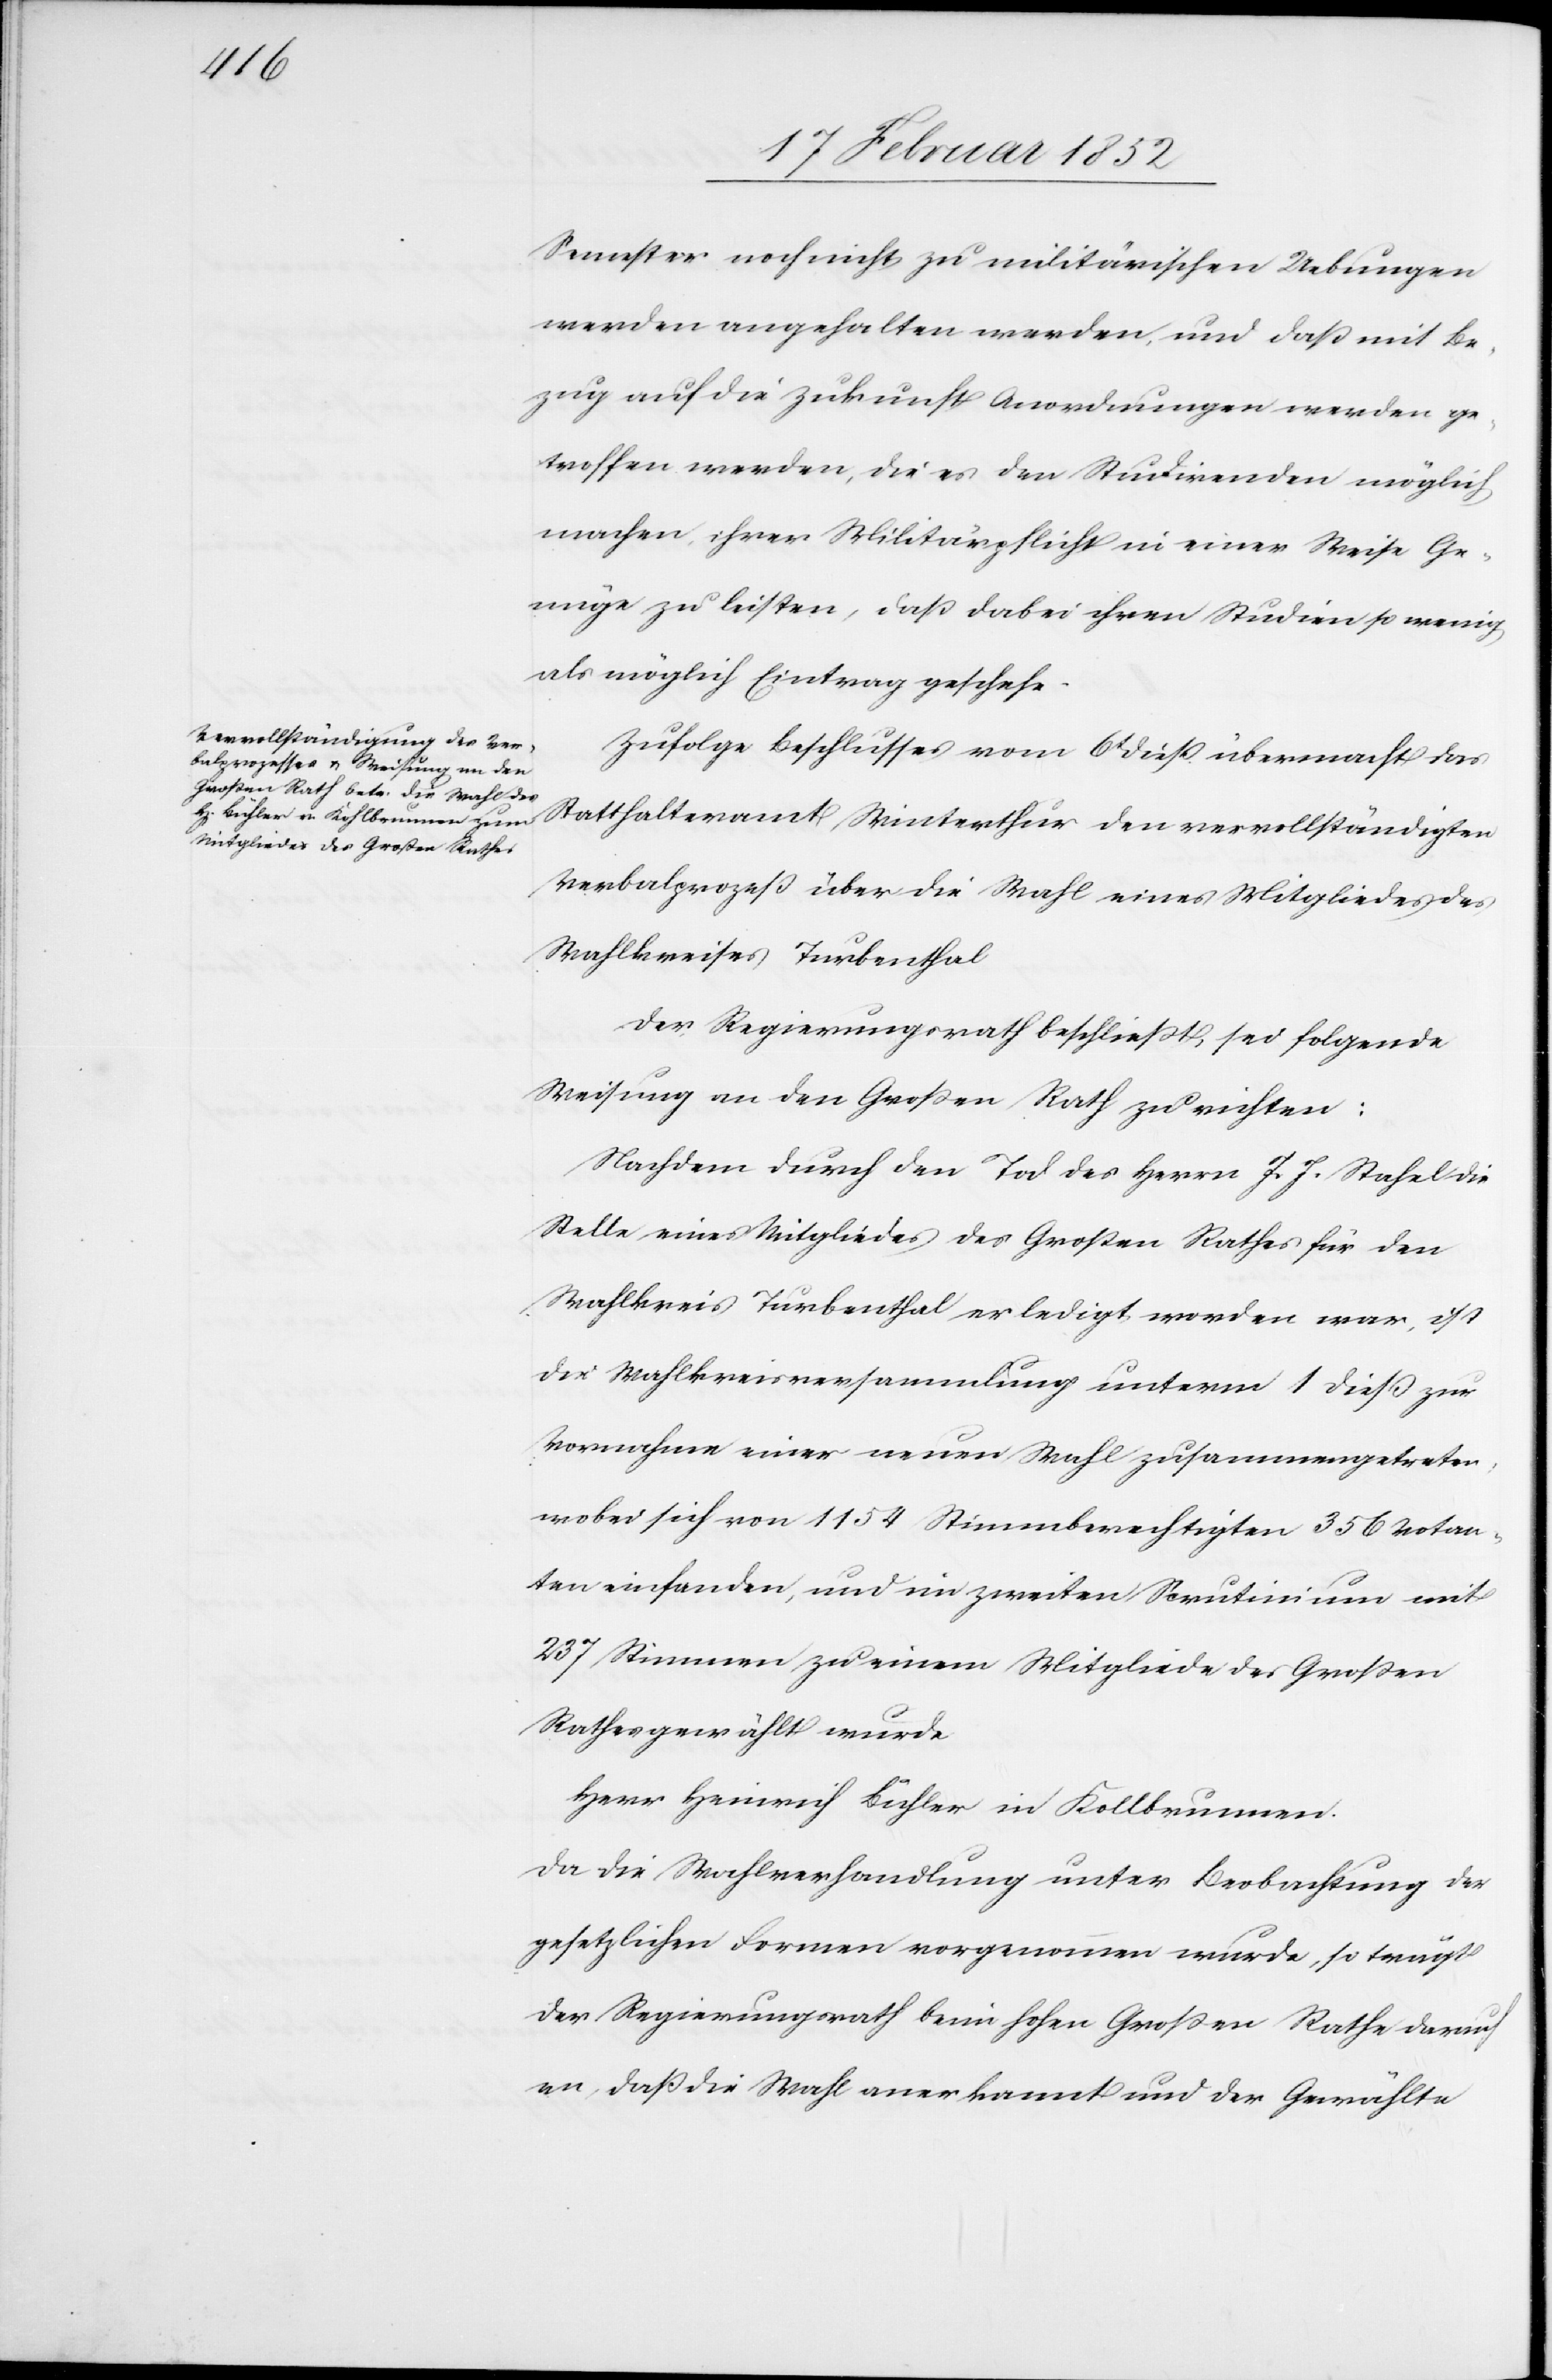
Semester noch nicht zu militärischen Uebungen
werden angehalten werden, und daß mit Be¬
zug auf die Zukunft Anordnungen werden ge¬
troffen werden, die es den Studirenden möglich
machen, ihrer Militärpflicht in einer Weise Ge¬
nüge zu leisten, daß dabei ihren Studien so wenig
als möglich Eintrag geschehe.
Zufolge Beschlußes vom 6t dieß übermacht das
Verbalprozeß über die Wahl eines Mitgliedes des
Wahlkreises Turbenthal.
Der Regierungsrath beschließt, sei folgende
Weisung an den Großen Rath zu richten:
Nachdem durch den Tod des Herrn J. S. Stahel die
Stelle eines Mitgliedes des Großen Rathes für den
Wahlkreis Turbenthal erledigt worden war, ist
die Wahlkreisversammlung unterm 1 dieß zur
Vornahme einer neuen Wahl zusammengetreten,
wobei sich von 1154 Stimmberechtigten 356 Votan¬
ten einfanden, und im zweiten Scrutinium mit
237 Stimmen zu einem Mitgliede des Großen
Rathes gewählt wurde.
Herr Heinrich Bühler in Kollbrunnen.
Da die Wahlversammlung unter Beobachtung der
gesetzlichen Formen vorgenommen wurde, so trägt
der Regierungsrath beim hohen Großen Rathe darauf
an, daß die Wahl anerkannt und der Gewählte